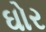
ઘોર